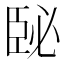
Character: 𦣥